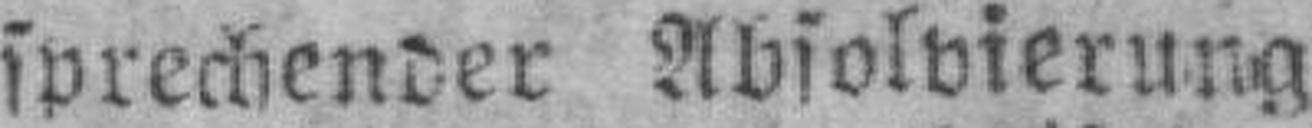
sprechender Absolvierung